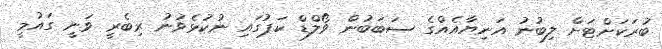
ބުރަކަށްޓަށް ލިބުނު އަނިޔާއެއްގެ ސަބަބުން ވޯލްޑް ކަޕުގައި ނުކުޅެވުނު ރިބެރީ ވަނީ ގައުމީ